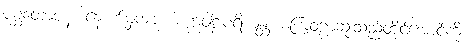
ပစ္ဆတောပန၊ နောက်မှကား။ စက္ကဝါဠပရိယန္တံ၊ စကြဝဠာဆုံးသည်တိုင်အောင်ကို။